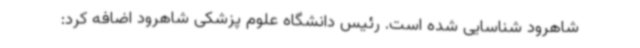
شاهرود شناسایی شده است. رئیس دانشگاه علوم پزشکی شاهرود اضافه کرد: